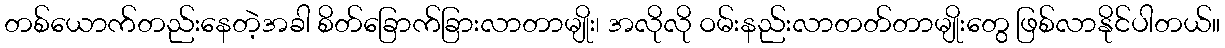
တစ်ယောက်တည်းနေတဲ့အခါ စိတ်ခြောက်ခြားလာတာမျိုး၊ အလိုလို ဝမ်းနည်းလာတတ်တာမျိုးတွေ ဖြစ်လာနိုင်ပါတယ်။